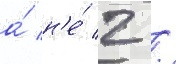
а́ н'е́ 2 /